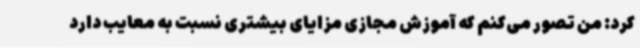
کرد: من تصور می‌کنم که آموزش مجازی مزایای بیشتری نسبت به معایب دارد